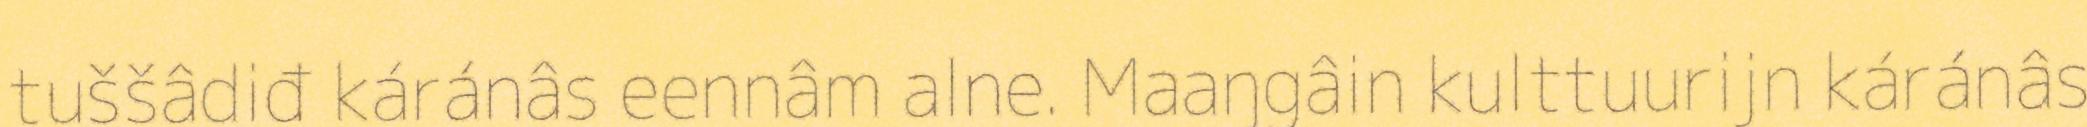
tuššâdiđ káránâs eennâm alne. Maaŋgâin kulttuurijn káránâs